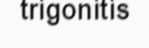
trigonitis